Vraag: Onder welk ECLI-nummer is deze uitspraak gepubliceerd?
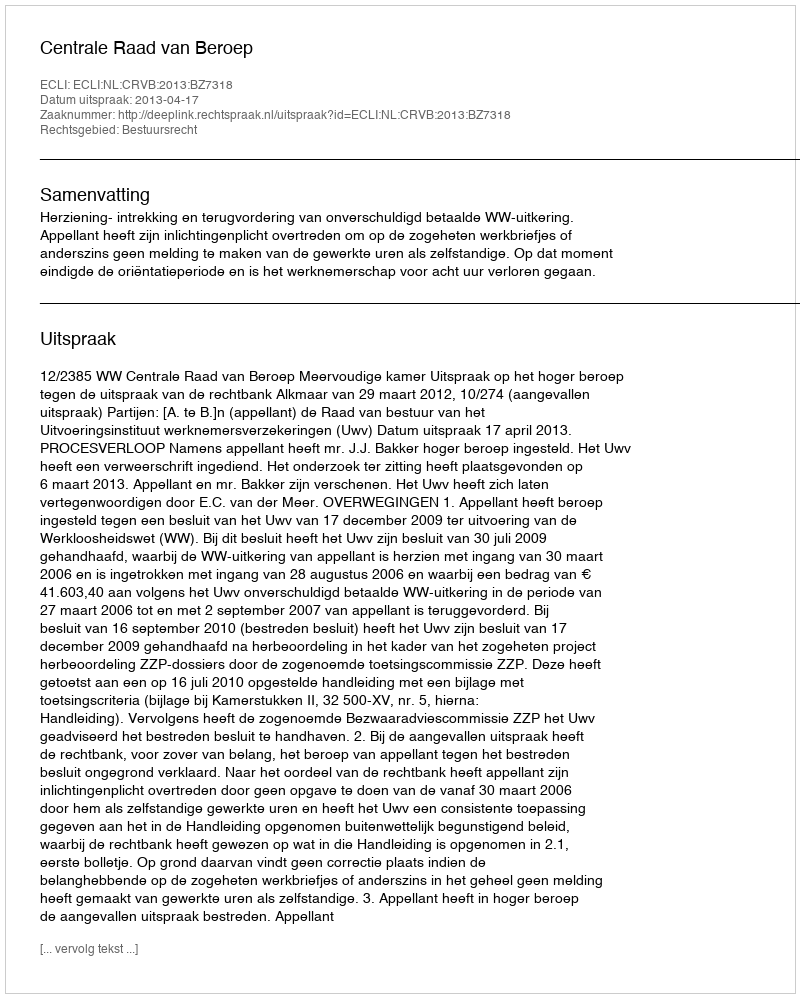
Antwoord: ECLI:NL:CRVB:2013:BZ7318